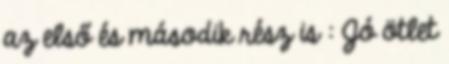
az első és második rész is : Jó ötlet